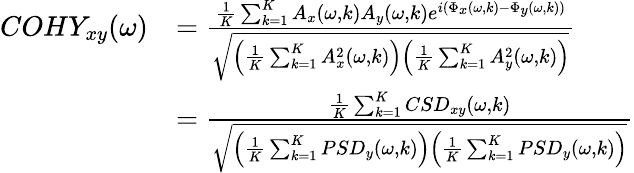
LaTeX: \begin{array}{rl}{COHY_{xy}(\omega)}&{=\frac{\frac{1}{K}\sum_{k=1}^{K}A_{x}(\omega,k)A_{y}(\omega,k)e^{i(\Phi_{x}(\omega,k)-\Phi_{y}(\omega,k))}}{\sqrt{\left(\frac{1}{K}\sum_{k=1}^{K}A_{x}^{2}(\omega,k)\right)\left(\frac{1}{K}\sum_{k=1}^{K}A_{y}^{2}(\omega,k)\right)}}}\\ &{=\frac{\frac{1}{K}\sum_{k=1}^{K}CSD_{xy}(\omega,k)}{\sqrt{\left(\frac{1}{K}\sum_{k=1}^{K}PSD_{y}(\omega,k)\right)\left(\frac{1}{K}\sum_{k=1}^{K}PSD_{y}(\omega,k)\right)}}}\end{array}